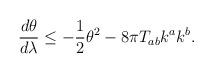
LaTeX: \begin{align*}\frac{d\theta}{d\lambda} \leq - \frac{1}{2} \theta^2 - 8\pi T_{ab} k^a k^b.\end{align*}